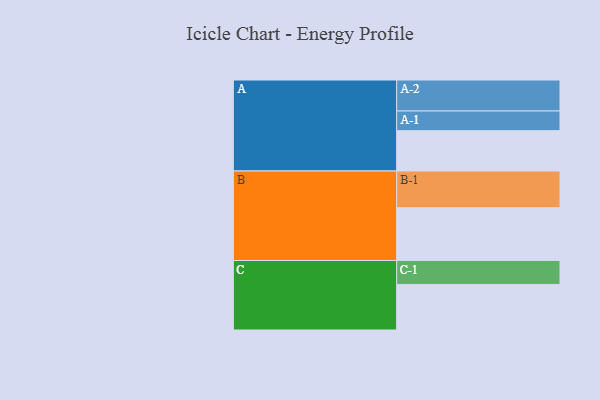
{"axis": {"x": "Segment", "y": "Value"}, "legend": ["", "A", "B", "C"], "data": [{"x": "A", "y": 321, "type": ""}, {"x": "B", "y": 420, "type": ""}, {"x": "C", "y": 363, "type": ""}, {"x": "A-1", "y": 157, "type": "A"}, {"x": "A-2", "y": 247, "type": "A"}, {"x": "B-1", "y": 293, "type": "B"}, {"x": "C-1", "y": 191, "type": "C"}]}